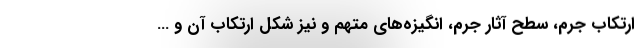
ارتکاب جرم، سطح آثار جرم، انگیزه‌های متهم و نیز شکل ارتکاب آن و …